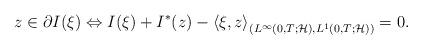
LaTeX: \begin{align*}z \in \partial I (\xi) \Leftrightarrow I(\xi) + I^{*}(z) -\left\langle \xi,z \right\rangle_{(L^{\infty}(0,T ; \mathcal H), L^{1}(0,T ; \mathcal H))} = 0. \end{align*}